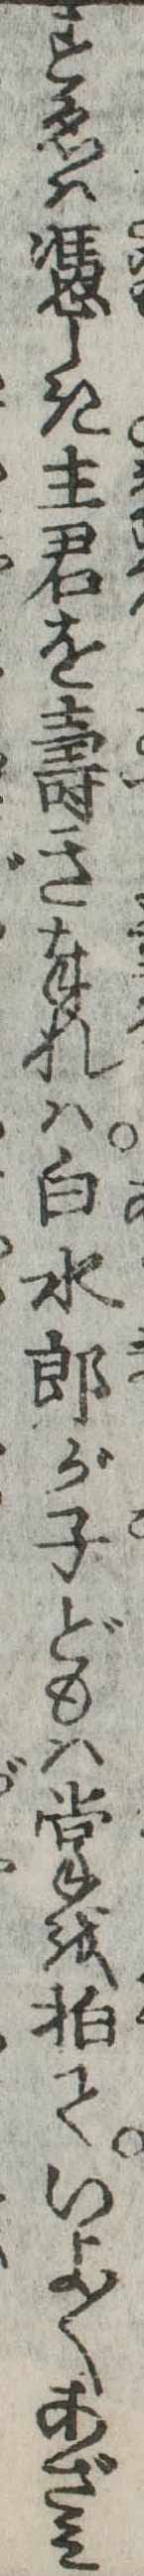
すゑは憑しき主君を寿き奉れは白水郎が子どもは掌を拍ていよ〱あざみ